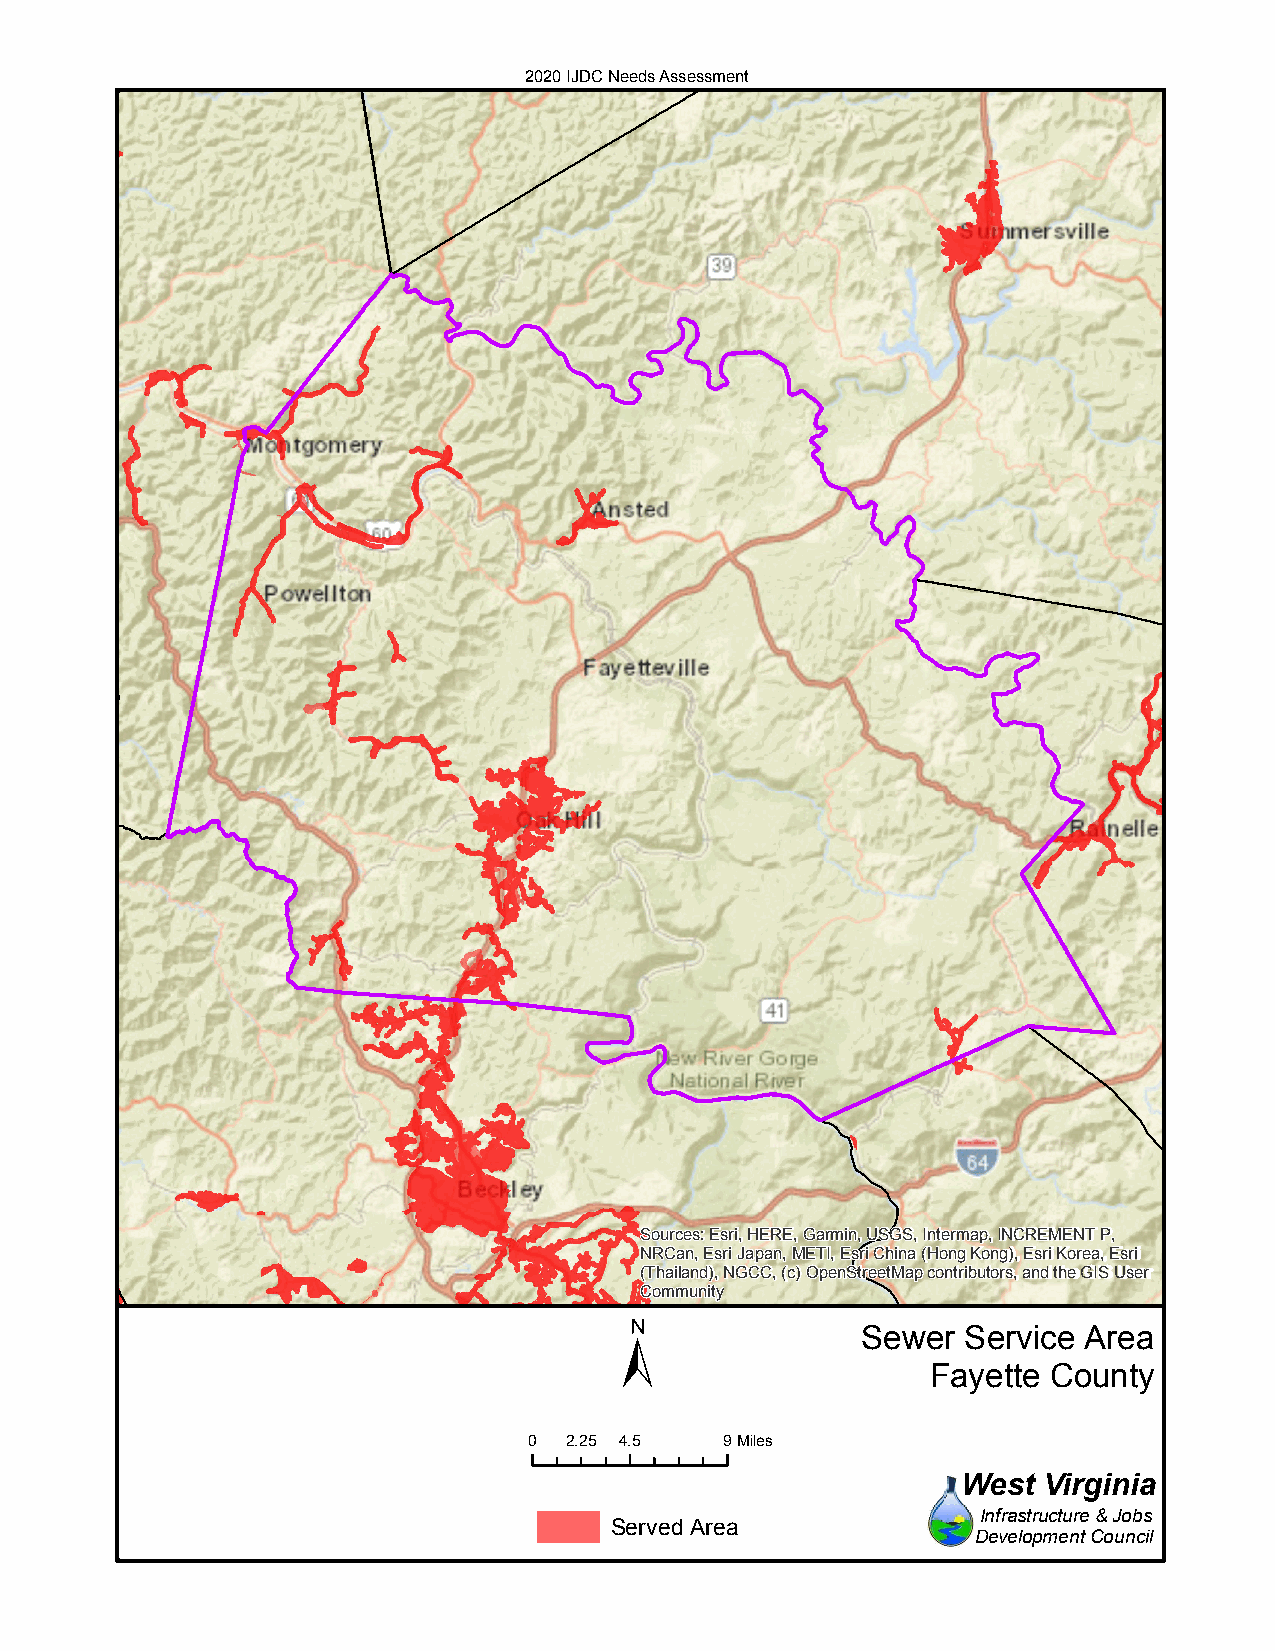
2020 IJDC Needs Assessment
 Sources: Esri, HERE, Garmin, USGS, Intermap, INCREMENT P,
 NRCan, Esri Japan, METI, Esri China (Hong Kong), Esri Korea, Esri
 (Thailand), NGCC, (c) OpenStreetMap contributors, and the GIS User
 Community
 ±
 Sewer  Service Area
 Fayette County
 0 2.25 4.5   9Miles
 West Virginia
 Infrastructure & Jobs
 Served Area
 Development Council